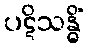
ပဋိသန္ဓိံ